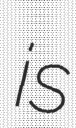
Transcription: is